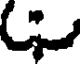
C